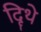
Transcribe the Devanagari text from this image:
दिॄथे